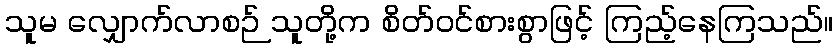
သူမ လျှောက်လာစဉ် သူတို့က စိတ်ဝင်စားစွာဖြင့် ကြည့်နေကြသည်။